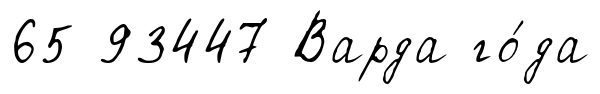
65 93447 Варда го́да